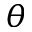
\displaystyle \theta